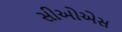
સીઓએસ